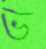
ভ